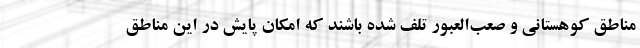
مناطق کوهستانی و صعب‌العبور تلف شده باشند که امکان پایش در این مناطق